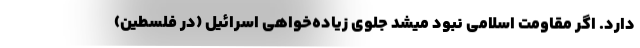
دارد. اگر مقاومت اسلامی نبود میشد جلوی زیاده‌خواهی اسرائیل (در فلسطین)